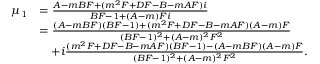
\begin{array} { r l } { \mu _ { 1 } } & { = \frac { A - m B F + ( m ^ { 2 } F + D F - B - m A F ) i } { B F - 1 + ( A - m ) F i } } \\ & { = \frac { ( A - m B F ) ( B F - 1 ) + ( m ^ { 2 } F + D F - B - m A F ) ( A - m ) F } { ( B F - 1 ) ^ { 2 } + ( A - m ) ^ { 2 } F ^ { 2 } } } \\ & { \quad + i \frac { ( m ^ { 2 } F + D F - B - m A F ) ( B F - 1 ) - ( A - m B F ) ( A - m ) F } { ( B F - 1 ) ^ { 2 } + ( A - m ) ^ { 2 } F ^ { 2 } } . } \end{array}